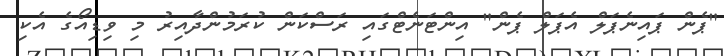
"ޕެން ޕައިނެޕަލް އެޕަލް ޕެން" އިންޓަނެޓްގައި ރަސްކަން ކުރަމުންދާއިރު މި ވިޑިއޯގެ އެކި